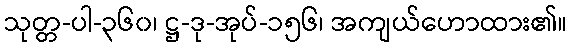
သုတ္တ-ပါ-၃၆၀၊ ဋ္ဌ-ဒု-အုပ်-၁၅၆၊ အကျယ်ဟောထား၏။